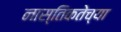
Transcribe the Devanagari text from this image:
नास्तिकतेच्या